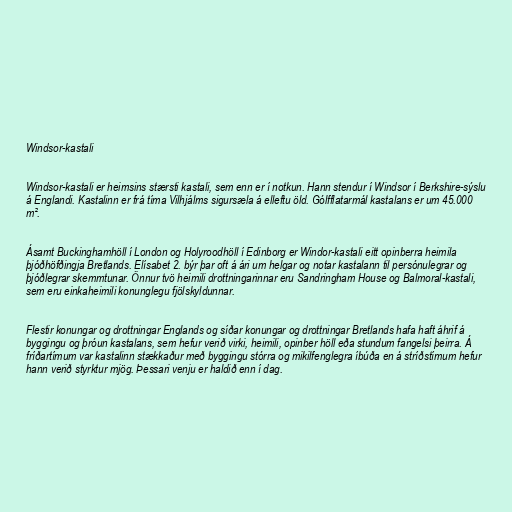
Windsor-kastali

Windsor-kastali er heimsins stærsti kastali, sem enn er í notkun. Hann stendur í Windsor í Berkshire-sýslu
á Englandi. Kastalinn er frá tíma Vilhjálms sigursæla á elleftu öld. Gólfflatarmál kastalans er um 45.000
m².

Ásamt Buckinghamhöll í London og Holyroodhöll í Edinborg er Windor-kastali eitt opinberra heimila
þjóðhöfðingja Bretlands. Elísabet 2. býr þar oft á ári um helgar og notar kastalann til persónulegrar og
þjóðlegrar skemmtunar. Önnur tvö heimili drottningarinnar eru Sandringham House og Balmoral-kastali,
sem eru einkaheimili konunglegu fjölskyldunnar.

Flestir konungar og drottningar Englands og síðar konungar og drottningar Bretlands hafa haft áhrif á
byggingu og þróun kastalans, sem hefur verið virki, heimili, opinber höll eða stundum fangelsi þeirra. Á
fríðartímum var kastalinn stækkaður með byggingu stórra og mikilfenglegra íbúða en á stríðstímum hefur
hann verið styrktur mjög. Þessari venju er haldið enn í dag.